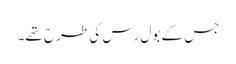
جس کے بول رس کی طرح تھے۔